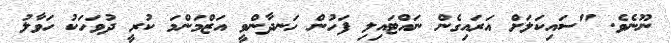
ނޫނެވެ. "ސައިކަލަށް އަރައިގެން ނައްޓައިލި ފަހުން ހަނދާންވީ އަޒްމަންމަ ކުރީ ދުވަހަކު ހަވާލު